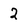
Character: 2